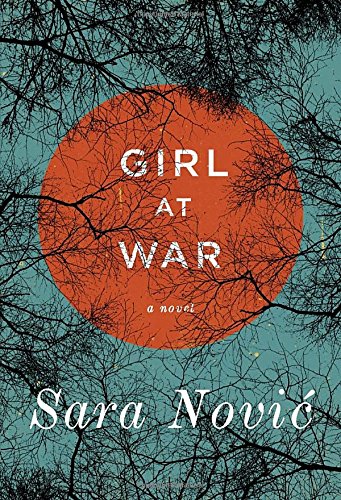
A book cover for Girl at War: A Novel; Sara Novic; Literature & Fiction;